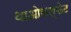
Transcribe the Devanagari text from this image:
थाओसल्फेट